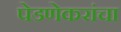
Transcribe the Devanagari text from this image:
पेडणेकरांचा